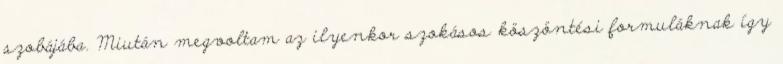
szobájába. Miután megvoltam az ilyenkor szokásos köszöntési formuláknak így